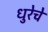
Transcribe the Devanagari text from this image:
धुरेचे